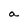
Character: a